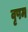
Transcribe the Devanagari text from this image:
वृषम